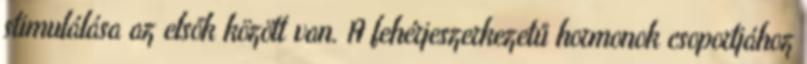
stimulálása az elsők között van. A fehérjeszerkezetű hormonok csoportjához